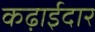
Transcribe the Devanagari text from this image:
कढ़ाईदार